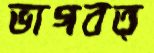
ভাগবত্